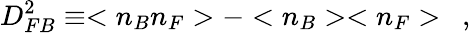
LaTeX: D_{FB}^{2}\equiv<n_{B}n_{F}>-<n_{B}><n_{F}>\ \ ,